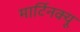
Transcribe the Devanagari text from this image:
मार्टिनक्यू